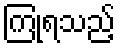
ကြုံရသည့်